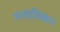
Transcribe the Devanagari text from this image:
मन्त्राधिकार